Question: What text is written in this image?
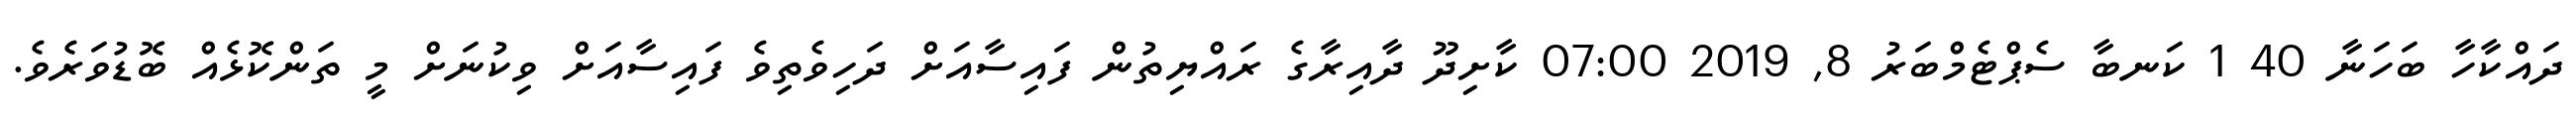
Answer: ދައްކާހާ ބަހަނާ 40 1 ކަނބާ ސެޕްޓެމްބަރު 8, 2019 07:00 ކާށިދޫ ދާއިރާގެ ރައްޔިތުން ފައިސާއަށް ދަހިވެތިވެ ފައިސާއަށް ވިކުނަށް މީ ތަންކޮޅެއް ބޮޑުވަރެވެ.